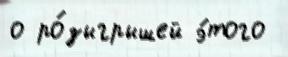
о ро́зыгрышей э́того